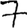
Digit: 7